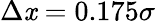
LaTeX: \Delta\mathit{x}=0.175\sigma